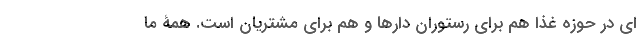
ای در حوزه غذا هم برای رستوران دارها و هم برای مشتریان است. همۀ ما